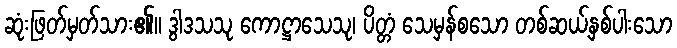
ဆုံးဖြတ်မှတ်သား၏။ ဒွါဒသသု ကောဋ္ဌာသေသု၊ ပိတ္တံ သေမှန်စသော တစ်ဆယ့်နှစ်ပါးသော